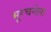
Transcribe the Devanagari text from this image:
भूरचनेला